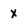
Character: x